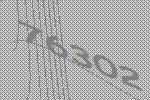
76302